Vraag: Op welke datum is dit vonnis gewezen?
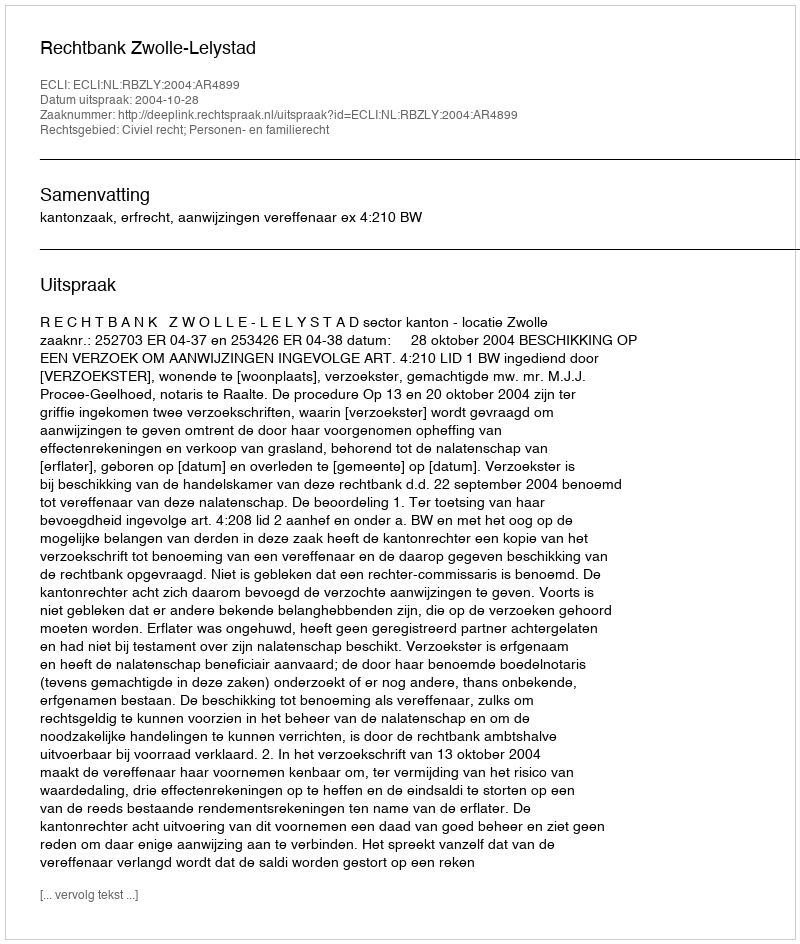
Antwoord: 2004-10-28